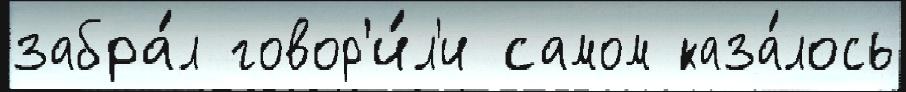
забра́л говор'и́л'и самом каза́лось